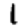
Digit: 1